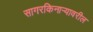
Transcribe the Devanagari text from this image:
सागरकिनाऱ्यावरील